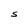
Character: S